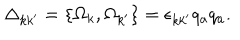
LaTeX: \Delta _ { k k ^ { \prime } } = \{ \Omega _ { k } , \Omega _ { k ^ { \prime } } \} = \epsilon _ { k k ^ { \prime } } q _ { a } q _ { a } .